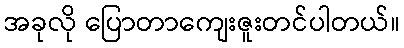
အခုလို ပြောတာကျေးဇူးတင်ပါတယ်။